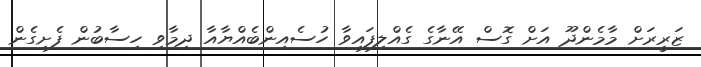
ޒަރީރަށް މާމެންދޫ އަށް ގޮސް އޭނާގެ ގެއްލިފައިވާ ހުސެއިންބެއްޔާއާ ދިމާވި ހިސާބުން ފެށިގެން